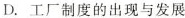
D.工厂制度的出现与发展